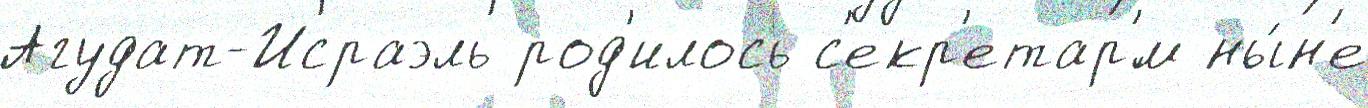
Агудат-Исраэль род'илось с'екр'етар'́м ны́н'е